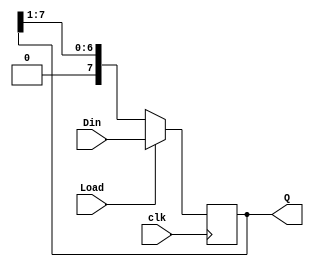
module RegR8 (Load,clk,Din,Q);

input [7:0] Din;
input Load,clk;
output [7:0] Q;
reg [7:0] Q;

always @ (posedge clk)

begin
  
  if(Load) Q<=Din;
  else     Q<={1'b0,Q[7:1]};

end

endmodule